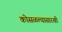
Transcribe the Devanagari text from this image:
कोसळल्यासारखी